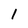
Character: 1